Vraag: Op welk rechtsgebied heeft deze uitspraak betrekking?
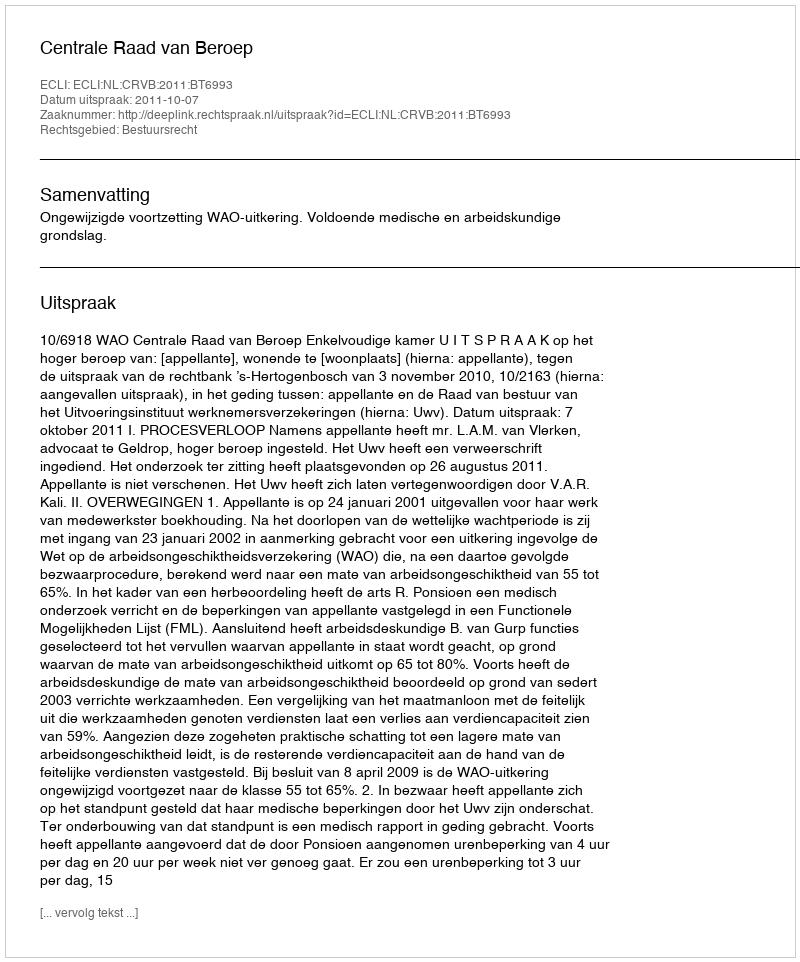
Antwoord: Bestuursrecht